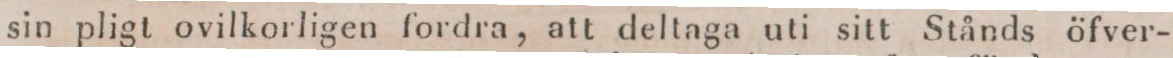
sin pligt ovilkorligen fordra, att deltaga uti sitt Stånds öfver-